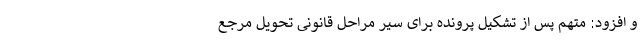
و افزود: متهم پس از تشکیل پرونده برای سیر مراحل قانونی تحویل مرجع